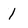
Character: 1